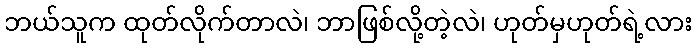
ဘယ်သူက ထုတ်လိုက်တာလဲ၊ ဘာဖြစ်လို့တဲ့လဲ၊ ဟုတ်မှဟုတ်ရဲ့လား